Sanitation, dispensaries and jails vaccination Rajputana 1922-1927 - 1922-1927
Year: 1922
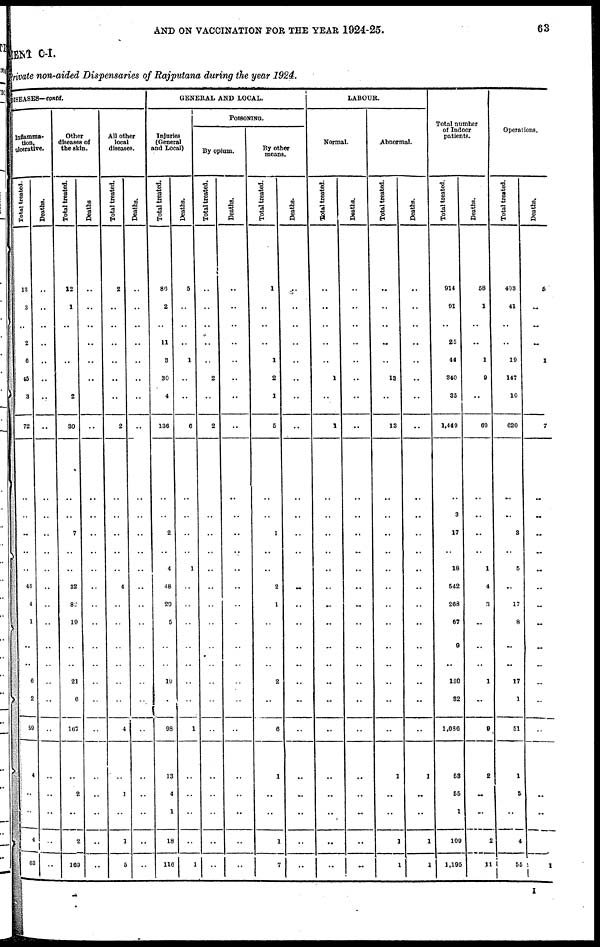
AND ON VACCINATION FOR THE YEAR 1924-25.
63
MENT C-I.
Private non-aided Dispensaries of Rajputana during the year 1924.
DISEASES—contd.
Inflamma-
tion,
ulcerative.
Total treated.
13
3
..
2
6
45
3
72
..
..
..
..
..
46
4
1
..
..
6
2
59
4
..
..
4
63
Deaths.
..
..
..
..
..
..
..
..
..
..
..
..
..
..
..
..
..
..
..
..
..
..
..
..
..
..
Other
diseases of
the skin.
Total treated.
12
1
..
..
..
..
2
30
..
..
7
..
..
32
82
19
..
..
21
6
167
..
2
..
2
169
Deaths
..
..
..
..
..
..
..
..
..
..
..
..
..
..
..
..
..
..
..
..
..
..
..
..
..
..
All other
local
diseases.
Total treated.
2
..
..
..
..
..
..
2
..
..
..
..
..
4
..
..
..
..
..
..
4
..
1
..
1
5
Deaths.
..
..
..
..
..
..
..
..
..
..
..
..
..
..
..
..
..
..
..
..
..
..
..
..
..
..
GENERAL AND LOCAL.
Injuries
(General
and Local)
Total treated.
86
2
..
11
3
30
4
136
..
..
2
..
4
48
20
5
..
..
19
..
98
13
4
1
18
116
Deaths.
5
..
..
..
1
..
..
6
..
..
..
..
1
..
..
..
..
..
..
..
1
..
..
..
..
1
POISONING.
By opium.
Total treated.
..
..
..
..
..
2
..
2
..
..
..
..
..
..
..
..
..
..
..
..
..
..
..
..
..
..
Deaths.
..
..
..
..
..
..
..
..
..
..
..
..
..
..
..
..
..
..
..
..
..
..
..
..
..
..
By other
means.
Total treated.
1
..
..
..
1
2
1
5
..
..
1
..
..
2
1
..
..
..
2
..
6
1
..
..
1
7
Deaths.
..
..
...
..
..
..
..
..
..
..
..
..
..
..
..
..
..
..
..
..
..
..
..
..
..
..
LABOUR.
Normal.
Total treated.
..
..
..
..
..
1
..
1
..
..
..
..
..
..
..
..
..
..
..
..
..
..
..
..
..
..
Deaths.
..
..
..
..
..
..
..
..
..
..
..
..
..
..
..
..
..
..
..
..
..
..
..
..
..
..
Abnormal.
Total treated.
..
..
..
..
..
13
..
13
..
..
..
..
..
..
..
..
..
..
..
..
..
1
..
..
1
1
Deaths.
..
..
..
..
..
..
..
..
..
..
..
..
..
..
..
..
..
..
..
..
..
1
..
..
1
1
Total number
of Indoor
patients.
Total treated.
914
91
..
25
44
340
35
1,449
..
3
17
..
18
542
268
67
9
..
130
32
1,086
53
55
1
109
1,195
Deaths.
58
1
..
..
1
9
..
69
..
..
..
..
1
4
3
..
..
..
1
..
9
2
..
..
2
11
Operations.
Total treated.
403
41
..
..
19
147
10
620
..
..
3
..
5
..
17
8
..
..
17
1
51
1
8
..
4
55
Deaths.
5
..
..
..
1
..
..
7
..
..
..
..
..
..
..
..
..
..
..
..
..
..
..
..
..
1
I